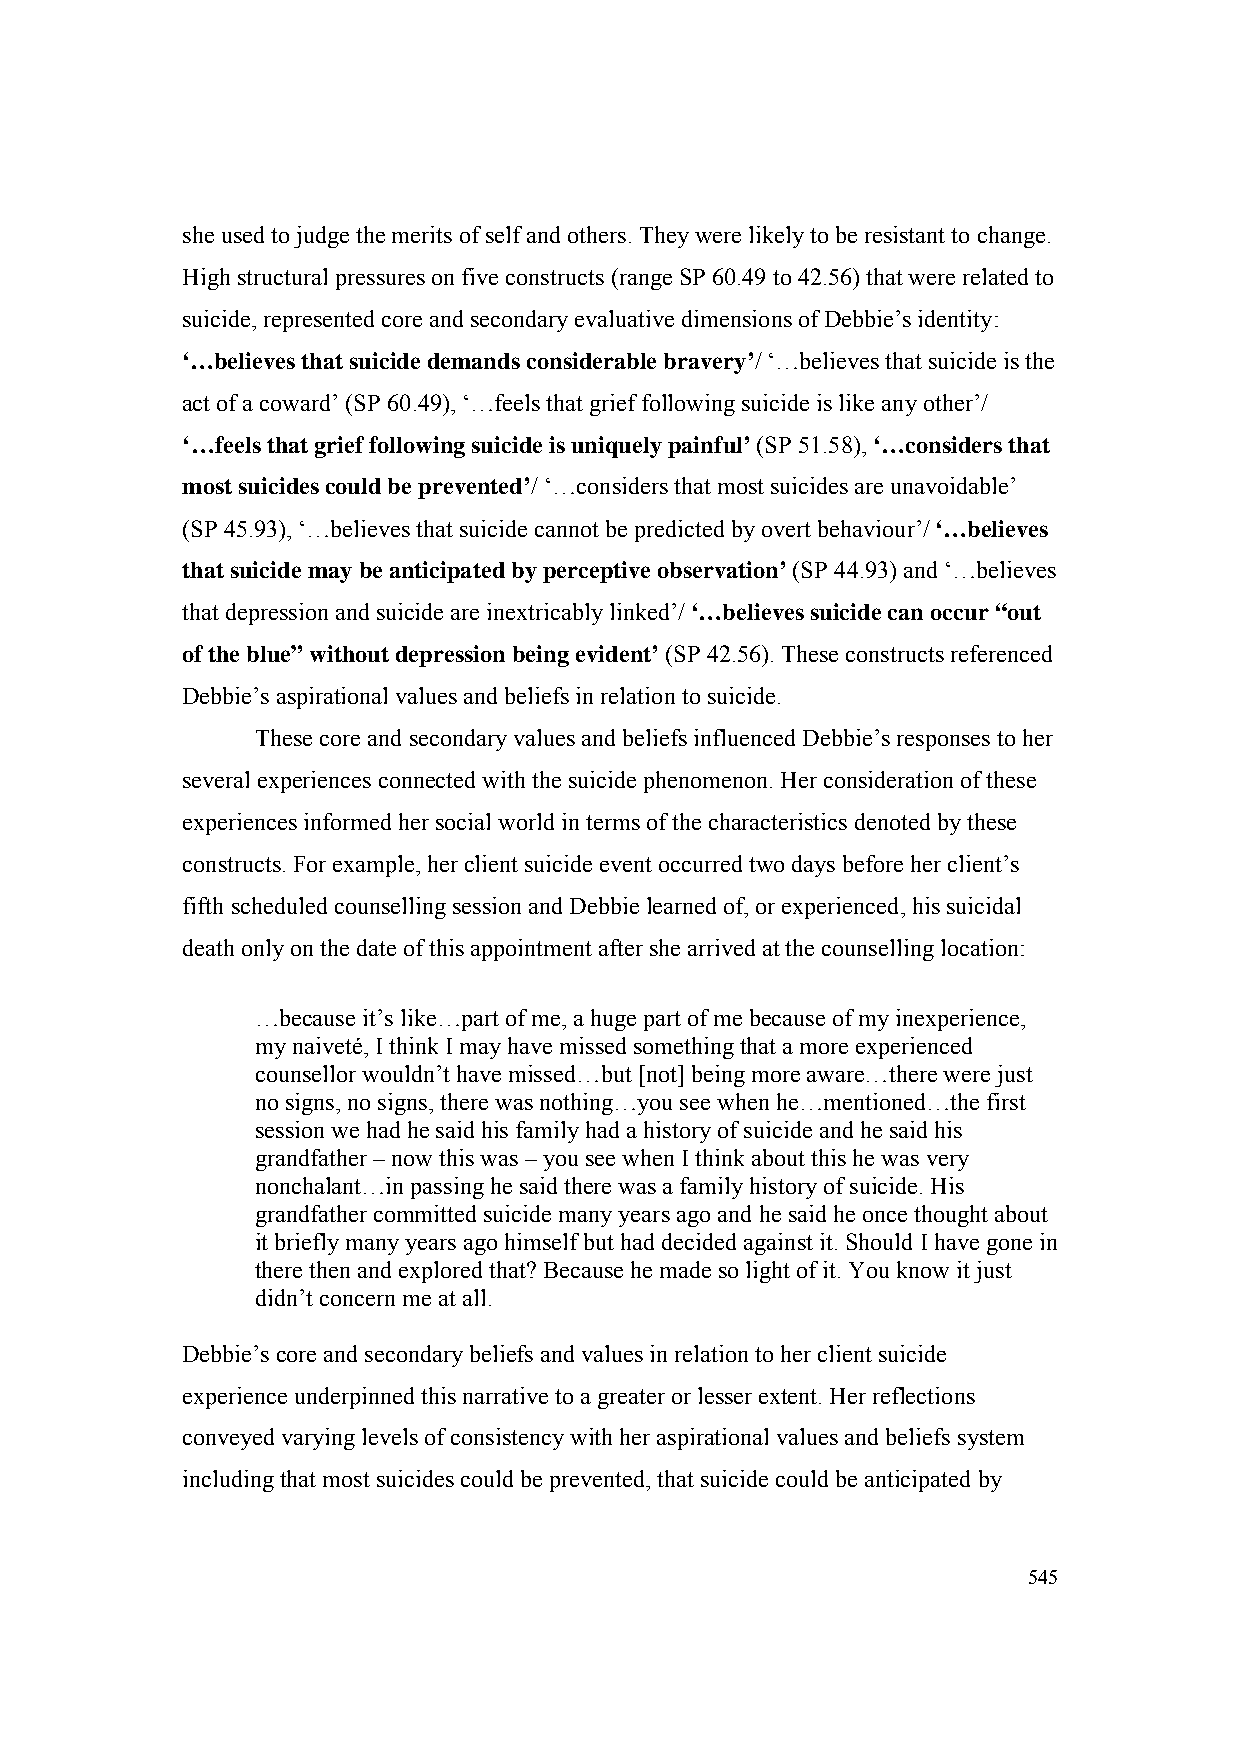
she used to judge the merits of self and others. They were likely to be resistant to change.
 High structural pressures on five constructs (range SP 60.49 to 42.56) that were related to
 suicide, represented core and secondary evaluative dimensions of Debbie’s identity:
 ‘…believes that suicide demands considerable bravery’/ ‘…believes that suicide is the
 act of a coward’ (SP 60.49), ‘…feels that grief following suicide is like any other’/
 ‘…feels that grief following suicide is uniquely painful’ (SP 51.58), ‘…considers that
 most suicides could be prevented’/ ‘…considers that most suicides are unavoidable’
 (SP 45.93), ‘…believes that suicide cannot be predicted by overt behaviour’/ ‘…believes
 that suicide may be anticipated by perceptive observation’ (SP 44.93) and ‘…believes
 that depression and suicide are inextricably linked’/ ‘…believes suicide can occur “out
 of the blue” without depression being evident’ (SP 42.56). These constructs referenced
 Debbie’s aspirational values and beliefs in relation to suicide.
 These core and secondary values and beliefs influenced Debbie’s responses to her
 several experiences connected with the suicide phenomenon. Her consideration of these
 experiences informed her social world in terms of the characteristics denoted by these
 constructs. For example, her client suicide event occurred two days before her client’s
 fifth scheduled counselling session and Debbie learned of, or experienced, his suicidal
 death only on the date of this appointment after she arrived at the counselling location:
 …because it’s like…part of me, a huge part of me because of my inexperience,
 my naiveté, I think I may have missed something that a more experienced
 counsellor wouldn’t have missed…but [not] being more aware…there were just
 no signs, no signs, there was nothing…you see when he…mentioned…the first
 session we had he said his family had a history of suicide and he said his
 grandfather – now this was – you see when I think about this he was very
 nonchalant…in passing he said there was a family history of suicide. His
 grandfather committed suicide many years ago and he said he once thought about
 it briefly many years ago himself but had decided against it. Should I have gone in
 there then and explored that? Because he made so light of it. You know it just
 didn’t concern me at all.
 Debbie’s core and secondary beliefs and values in relation to her client suicide
 experience underpinned this narrative to a greater or lesser extent. Her reflections
 conveyed varying levels of consistency with her aspirational values and beliefs system
 including that most suicides could be prevented, that suicide could be anticipated by
 545